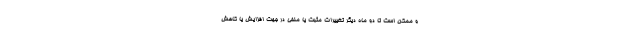
و ممکن است تا دو ماه دیگر تغییرات مثبت یا منفی در جهت افزایش یا کاهش